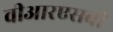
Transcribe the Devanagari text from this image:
वीआरएसबी